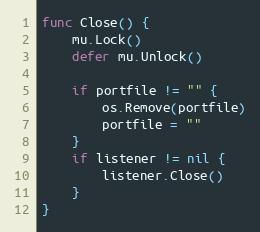
Language: Go
func Close() {
	mu.Lock()
	defer mu.Unlock()

	if portfile != "" {
		os.Remove(portfile)
		portfile = ""
	}
	if listener != nil {
		listener.Close()
	}
}